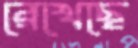
রেখেছে